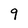
Character: 9